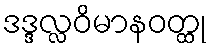
ဒဒ္ဒလ္လဝိမာနဝတ္ထု